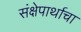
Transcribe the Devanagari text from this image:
संक्षेपार्थाचा